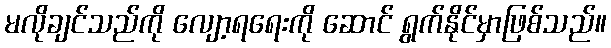
မလိုချင်သည်ကို လျော့ရရေးကို ဆောင် ရွက်နိုင်မှာဖြစ်သည်။